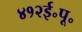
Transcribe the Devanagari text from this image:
४१२ई॰पू॰